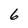
Character: 6